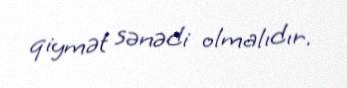
qiymət sənədi olmalıdır.